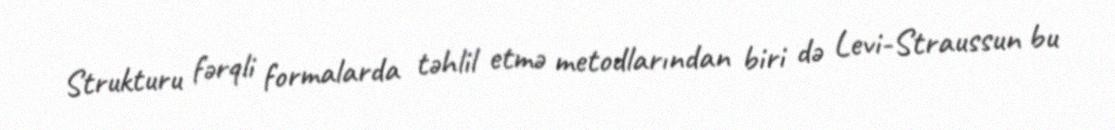
Strukturu fərqli formalarda təhlil etmə metodlarından biri də Levi-Straussun bu